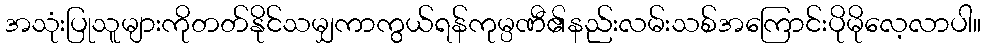
အသုံးပြုသူများကိုတတ်နိုင်သမျှကာကွယ်ရန်ကုမ္ပဏီ၏နည်းလမ်းသစ်အကြောင်းပိုမိုလေ့လာပါ။